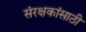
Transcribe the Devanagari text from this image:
संरक्षकांसाठी